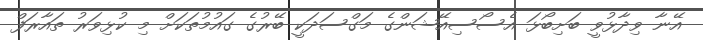
އޭނާ ވިދާޅުވީ ބަށިބޯޅަ އެސޯސިއޭޝަންގެ މަގްސަދަކީ ބޭރުގެ ގައުމުތަކަށް މި ކުޅިވަރު ތައާރަފް